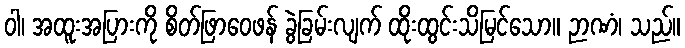
ဝါ၊ အထူးအပြားကို စိတ်ဖြာဝေဖန် ခွဲခြမ်းလျက် ထိုးထွင်းသိမြင်သော။ ဉာဏံ၊ သည်။